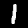
Label: 1